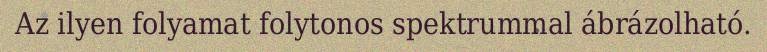
Az ilyen folyamat folytonos spektrummal ábrázolható.